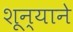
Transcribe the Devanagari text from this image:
शून्याने